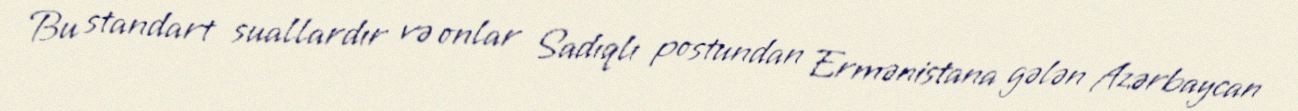
Bu standart suallardır və onlar Sadıqlı postundan Ermənistana gələn Azərbaycan